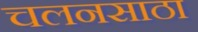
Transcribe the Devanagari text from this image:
चलनसाठा